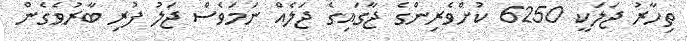
ތިހާރު ޖަލަކީ 6250 ކުށްވެރިންގެ ޖާގައިގެ ޖަލެއް ނަމަވެސް ޖަލު ފުރި ބާރުވެގެން